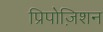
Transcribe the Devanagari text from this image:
प्रिपोज़िशन